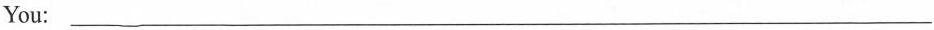
You:___